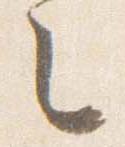
之